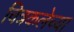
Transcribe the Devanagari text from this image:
चित्रकलेच्‍या